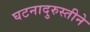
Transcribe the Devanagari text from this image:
घटनादुरुस्तीने